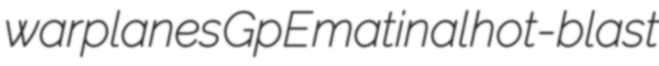
warplanes GpE matinal hot-blast